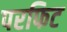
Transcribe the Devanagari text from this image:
परफिट